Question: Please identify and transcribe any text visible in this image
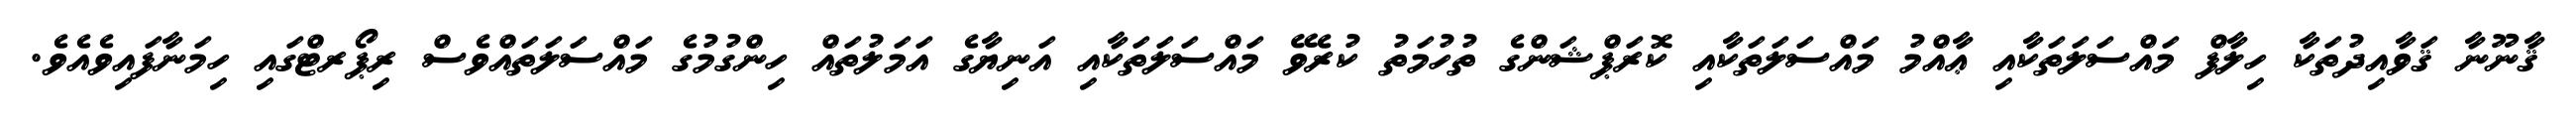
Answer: ޤާނޫނާ ޤަވާއިދުތަކާ ހިލާފް މައްސަލަތަކާއި ޢާއްމު މައްސަލަތަކާއި ކޮރަޕްޝަންގެ ތުހުމަތު ކުރެވޭ މައްސަލަތަކާއި އަނިޔާގެ އަމަލުތައް ހިންގުމުގެ މައްސަލަތައްވެސް ރިޕޯރޓްގައި ހިމަނާފައިވެއެވެ.